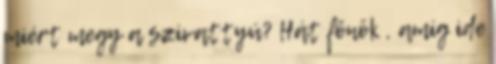
miért megy a szivattyú? Hát főnök , amíg ide